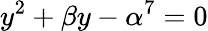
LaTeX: y^{2}+\beta y-\alpha^{7}=0